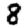
Digit: 8